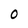
Character: 0